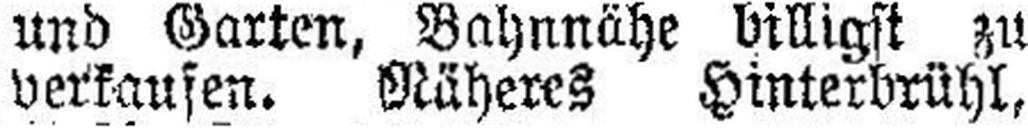
verkaufen. Näheres Hinterbrühl.